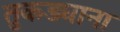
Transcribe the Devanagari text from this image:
तुकड्याना